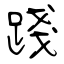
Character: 踐